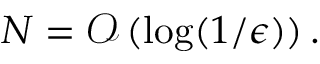
N = \mathcal { O } \left( \log ( 1 / \epsilon ) \right) .